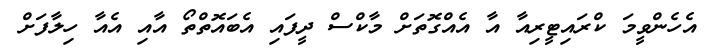
އެހެންވީމަ ކްރައިޓީރިއާ އާ އެއްގޮތަށް މާކްސް ދީފައި އެބައޮތްތޯ އާއި އެއާ ހިލާފަށް